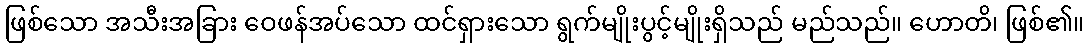
ဖြစ်သော အသီးအခြား ဝေဖန်အပ်သော ထင်ရှားသော ရွက်မျိုးပွင့်မျိုးရှိသည် မည်သည်။ ဟောတိ၊ ဖြစ်၏။